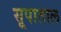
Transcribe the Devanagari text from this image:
सूपाताल